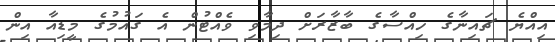
އިއްޔެ ޗައިނާގެ ހިއްސާގެ ބާޒާރަށް ދިމާވި ވެއްޓުން އެ ގައުމުގެ މީޑިއާ އިން